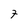
Character: 7